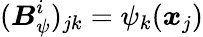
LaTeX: ({\boldsymbol{{B}}_{\psi}^{i}})_{jk}={\psi_{k}(\boldsymbol{x}_{j})}